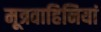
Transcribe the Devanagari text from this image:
मूत्रवाहिनियां